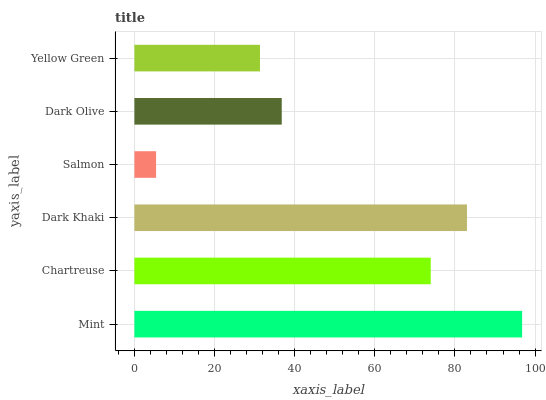
| yaxis_label | bars |
 | --- | --- |
 | Mint | 96.8 |
 | Chartreuse | 74 |
 | Dark Khaki | 83 |
 | Salmon | 5.41 |
 | Dark Olive | 36.8 |
 | Yellow Green | 31.3 |